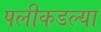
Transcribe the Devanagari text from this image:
पलीकडल्या